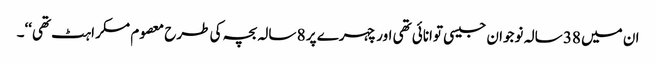
ان میں 38 سالہ نوجوان جیسی توانائی تھی اور چہرے پر 8 سالہ بچہ کی طرح معصوم مسکراہٹ تھی‘‘۔